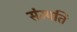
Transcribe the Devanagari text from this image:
संम्पति